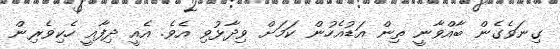
ގިނަވެގެން ބާއްވާނީ ތިން އަޑުއެހުން ކަމަށް ވިދާޅުވި އެވެ. އެއީ ދިފާއީ ހެކިވެރިން